Report on vaccination North-West Frontier Province 1904-1922 - 1904-1922
Year: 1904
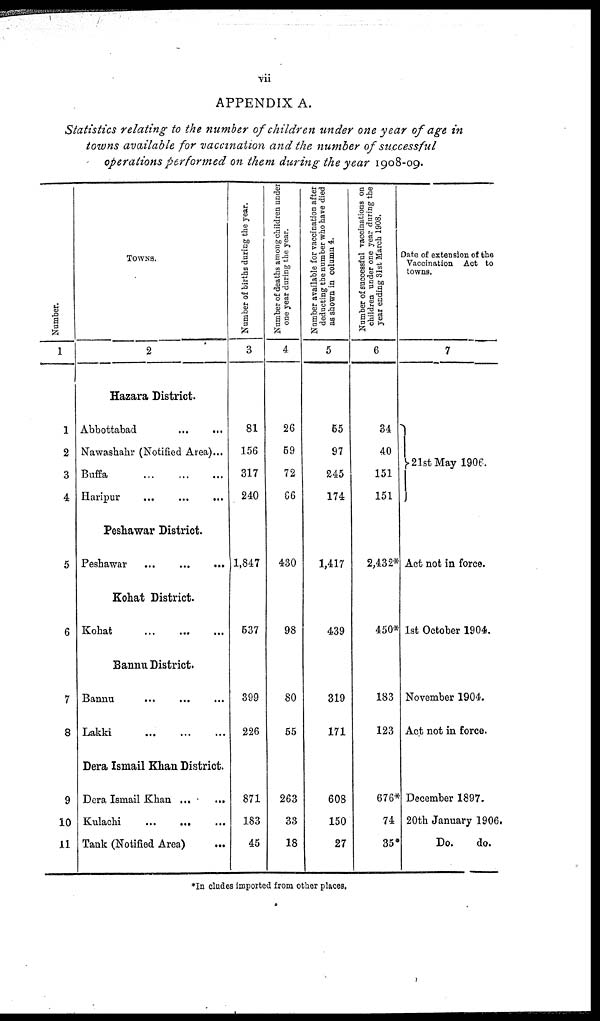
vii
APPENDIX A.
Statistics relating to the number of children under one year of age in
towns available for vaccination and the number of successful
operations performed on them during the year 1908-09.
Number.
1
1
2
3
4
5
6
7
8
9
10
11
TOWNS.
2
Hazara District.
Abbottabad ... ...
Nawashahr (Notified Area) ...
Buffa
...
...
...
Haripur ... ... ...
Peshawar District.
Peshawar
...
...
...
Kohat District.
Kohat
...
...
...
Bannu District.
Bannu ... ... ...
Lakki ... ... ...
Dera Ismail Khan District.
Dera Ismail Khan ... ...
Kulachi
...
... ...
Tank (Notified Area) ...
Number of births during the year.
3
81
156
317
240
1,847
537
399
226
871
183
45
Number of deaths among children under
one year during the year.
4
26
59
72
66
430
98
80
55
263
33
18
Number available for vaccination after
deducting the number who have died
as shown in column 4.
5
55
97
245
174
1,417
439
319
171
608
150
27
Number of successful vaccinations on
children under one year during the
year ending 31st March 1908.
6
34
40
151
151
2,432*
450*
183
123
676*
74
35*
Date of extension of the
Vaccination Act to
towns.
7
21st May 1906.
Act not in force.
1st October 1904.
November 1904.
Act not in force.
December 1897.
20th January 1906.
Do.
do.
*Includes imported from other places.